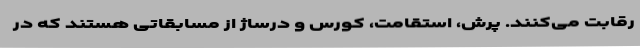
رقابت می‌کنند. پرش، استقامت، کورس و درساژ از مسابقاتی هستند که در